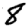
Digit: 8